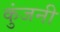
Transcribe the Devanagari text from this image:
कुंजनी